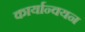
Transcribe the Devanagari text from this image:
कार्यान्‍वयन